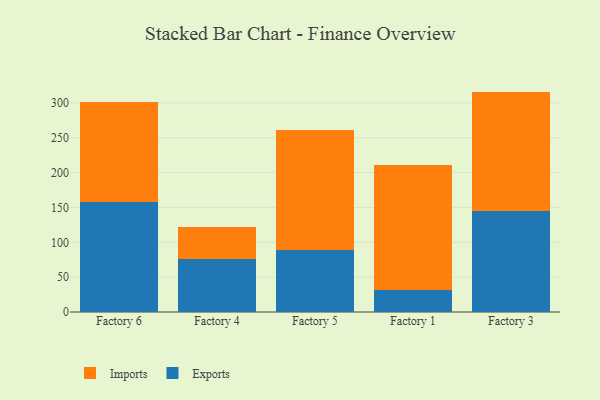
{"axis": {"x": "Factory", "y": "Demand Index"}, "legend": ["Exports", "Imports"], "data": [{"x": "Factory 6", "y": 158.3, "type": "Exports"}, {"x": "Factory 6", "y": 143.2, "type": "Imports"}, {"x": "Factory 4", "y": 75.9, "type": "Exports"}, {"x": "Factory 4", "y": 45.7, "type": "Imports"}, {"x": "Factory 5", "y": 88.7, "type": "Exports"}, {"x": "Factory 5", "y": 172.0, "type": "Imports"}, {"x": "Factory 1", "y": 32.0, "type": "Exports"}, {"x": "Factory 1", "y": 178.4, "type": "Imports"}, {"x": "Factory 3", "y": 145.1, "type": "Exports"}, {"x": "Factory 3", "y": 171.1, "type": "Imports"}]}